Indian journal of veterinary science and animal husbandry - Volume 6,
Year: 1936
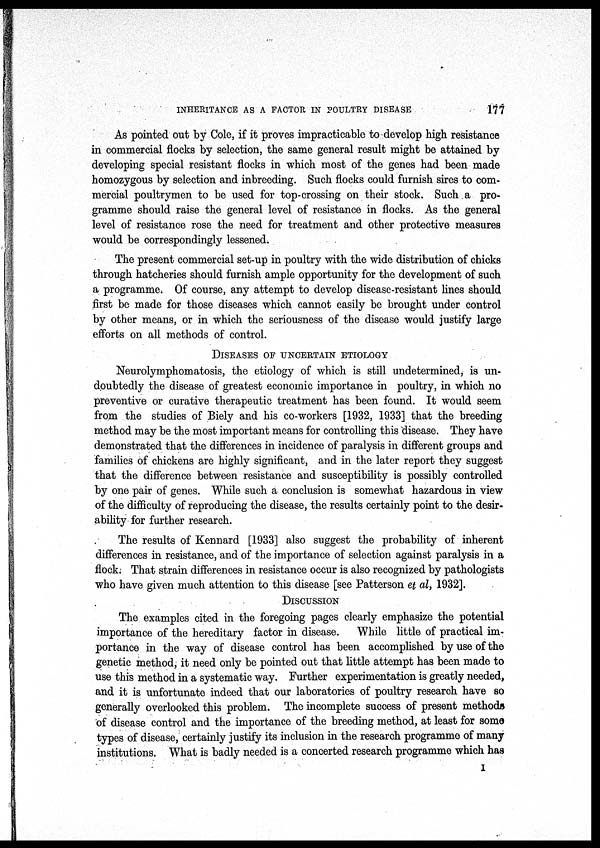
INHERITANCE AS A FACTOR IN POULTRY DISEASE
177
As pointed out by Cole, if it proves impracticable to develop high resistance
in commercial flocks by selection, the same general result might be attained by
developing special resistant flocks in which most of the genes had been made
homozygous by selection and inbreeding. Such flocks could furnish sires to com-
mercial poultrymen to be used for top-crossing on their stock. Such a pro-
gramme should raise the general level of resistance in flocks. As the general
level of resistance rose the need for treatment and other protective measures
would be correspondingly lessened.
The present commercial set-up in poultry with the wide distribution of chicks
through hatcheries should furnish ample opportunity for the development of such
a programme. Of course, any attempt to develop disease-resistant lines should
first be made for those diseases which cannot easily be brought under control
by other means, or in which the seriousness of the disease would justify large
efforts on all methods of control.
DISEASES
OF
UNCERTAIN
ETIOLOGY
Neurolymphomatosis, the etiology of which is still undetermined, is un-
doubtedly the disease of greatest economic importance in poultry, in which no
preventive or curative therapeutic treatment has been found. It would seem
from the studies of Biely and his co-workers [1932, 1933] that the breeding
method may be the most important means for controlling this disease. They have
demonstrated that the differences in incidence of paralysis in different groups and
families of chickens are highly significant, and in the later report they suggest
that the difference between resistance and susceptibility is possibly controlled
by one pair of genes. While such a conclusion is somewhat hazardous in view
of the difficulty of reproducing the disease, the results certainly point to the desir-
ability for further research.
The results of Kennard [1933] also suggest the probability of inherent
differences in resistance, and of the importance of selection against paralysis in a
flock. That strain differences in resistance occur is also recognized by pathologists
who have given much attention to this disease [see Patterson et al, 1932].
DISCUSSION
The examples cited in the foregoing pages clearly emphasize the potential
importance of the hereditary factor in disease.
While little of practical im-
portance in the way of disease control has been accomplished by use of the
genetic method, it need only be pointed out that little attempt has been made to
use this method in a systematic way. Further experimentation is greatly needed,
and it is unfortunate indeed that our laboratories of poultry research have so
generally overlooked this problem. The incomplete success of present methods
of disease control and the importance of the breeding method, at least for some
types of disease, certainly justify its inclusion in the research programme of many
institutions. What is badly needed is a concerted research programme which has
I